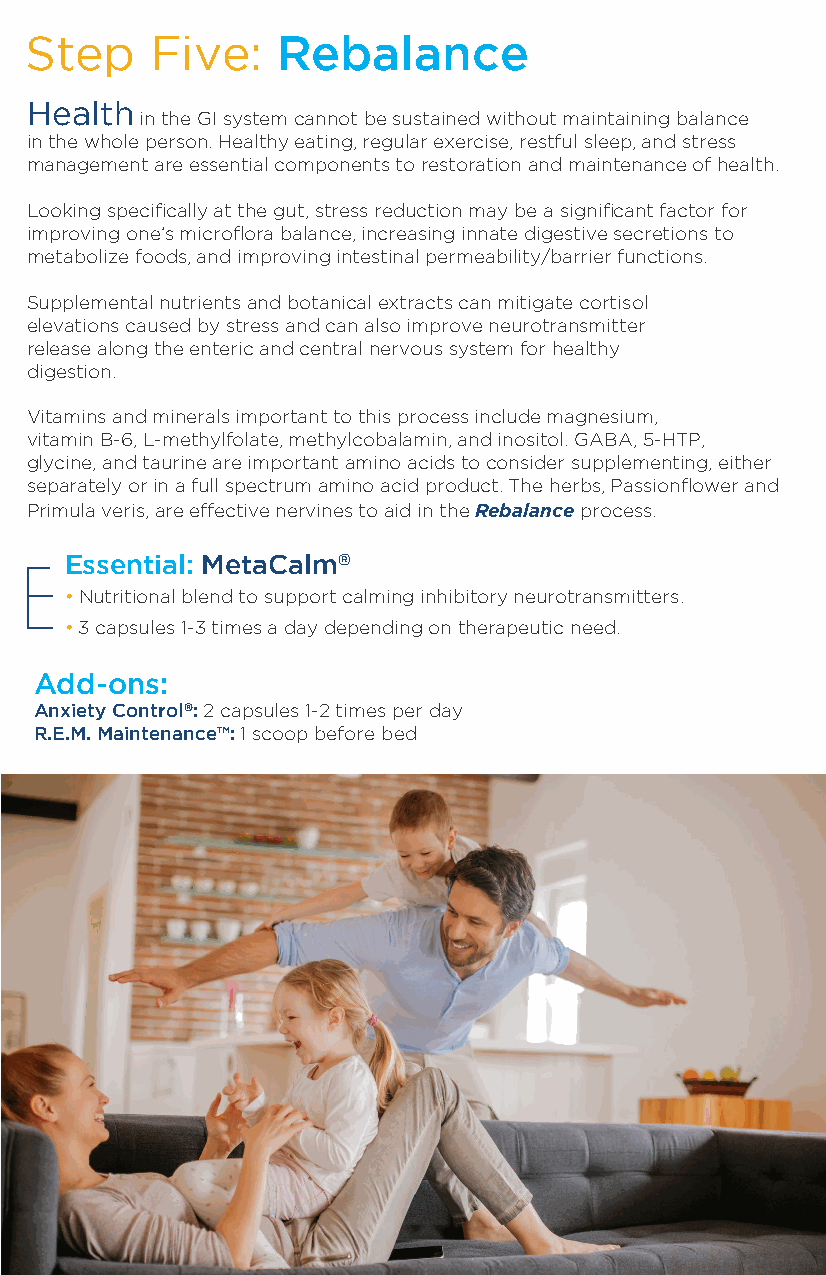
Step    Five:   Rebalance
 Health
 in the GI system cannot be sustained without maintaining balance
 in the whole person. Healthy eating, regular exercise, restful sleep, and stress
 management are essential components to restoration and maintenance of health.
 Looking specifically at the gut, stress reduction may be a significant factor for
 improving one’s microflora balance, increasing innate digestive secretions to
 metabolize foods, and improving intestinal permeability/barrier functions.
 Supplemental nutrients and botanical extracts can mitigate cortisol
 elevations caused by stress and can also improve neurotransmitter
 release along the enteric and central nervous system for healthy
 digestion.
 Vitamins and minerals important to this process include magnesium,
 vitamin B-6, L-methylfolate, methylcobalamin, and inositol. GABA, 5-HTP,
 glycine, and taurine are important amino acids to consider supplementing, either
 separately or in a full spectrum amino acid product. The herbs, Passionflower and
 Primula veris, are effective nervines to aid in the Rebalance process.
 Essential: MetaCalm®
 • Nutritional blend to support calming inhibitory neurotransmitters.
 • 3 capsules 1-3 times a day depending on therapeutic need.
 Add-ons:
 Anxiety Control®: 2 capsules 1-2 times per day
 R.E.M. Maintenance™: 1 scoop before bed
 Essential: L-Glutamine
 •
 L-Glutamine supports GI mucosal respiration, regulates acid-base
 balance via ammonia production, acts as a precursor of nucleic acids/
 protein and also supports intestinal glutathione synthesis.
 •
 5-30 gm per day